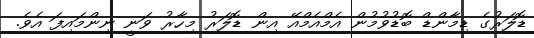
ޑޮލަރުގެ ޑިމާންޑް ބޮޑުވުމުން އެމްއެމްއޭ އިން ޑޮލަރު މިހާރު ވަނީ ނިންމައިފަ އެވެ.